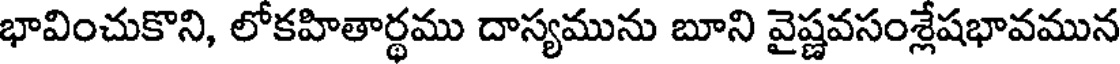
భావించుకొని, లోకహితార్థము దాస్యమును బూని వైష్ణవసంశ్లేషభావమున